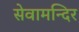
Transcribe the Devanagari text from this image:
सेवामन्दिर